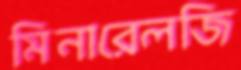
মিনারেলজি